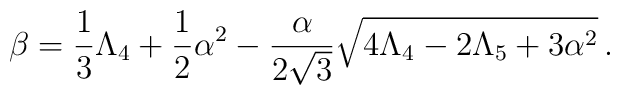
\beta=\frac{1}{3}\Lambda_{4}+\frac{1}{2}\alpha^{2}-\frac{\alpha}{2\sqrt{3}}\sqrt{4\Lambda_{4}-2\Lambda_{5}+3\alpha^{2}}\,.